Report on sanitation, dispensaries, and jails in Rajputana for 1919, and on vaccination for the year 1919-1920 - 1919-1920
Year: 1919
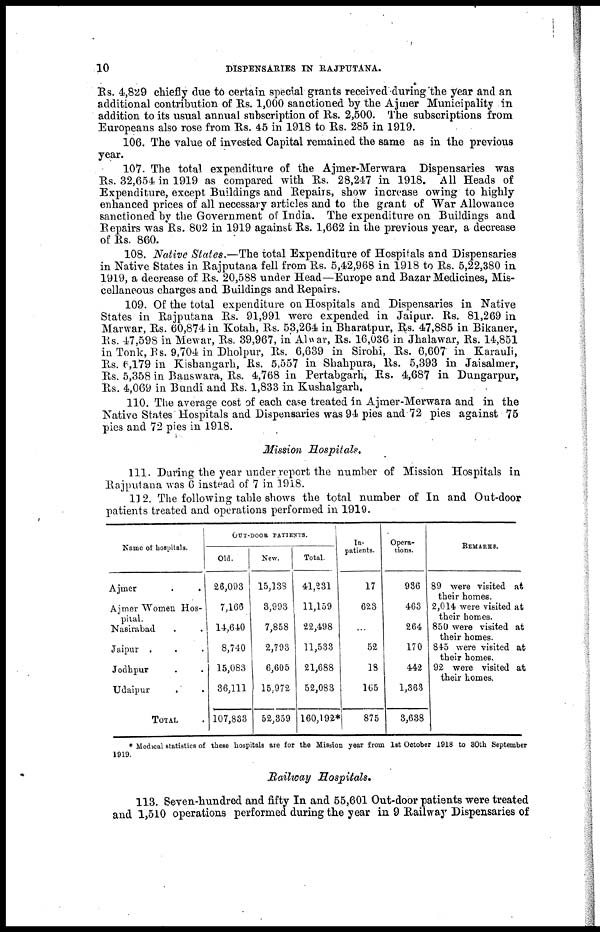
10
DISPENSARIES IN RAJPUTANA.
Rs. 4,829 chiefly due to certain special grants received during the year and an
additional contribution of Rs. 1,000 sanctioned by the Ajmer Municipality in
addition to its usual annual subscription of Rs. 2,500. The subscriptions from
Europeans also rose from Rs. 45 in 1918 to Rs. 285 in 1919.
106. The value of invested Capital remained the same as in the previous
year.
107. The total expenditure of the Ajmer-Merwara Dispensaries was
Rs. 32,654 in 1919 as compared with Rs. 28,247 in 1918. All Heads of
Expenditure, except Buildings and Repairs, show increase owing to highly
enhanced prices of all necessary articles and to the grant of War Allowance
sanctioned by the Government of India. The expenditure on Buildings and
Repairs was Rs. 802 in 1919 against Rs. 1,662 in the previous year, a decrease
of Rs. 860.
108. Native States.—The total Expenditure of Hospitals and Dispensaries
in Native States in Rajputana fell from Rs. 5,42,968 in 1918 to Rs. 5,22,380 in
1919, a decrease of Rs. 20,588 under Head—Europe and Bazar Medicines, Mis-
cellaneous charges and Buildings and Repairs.
109. Of the total expenditure on Hospitals and Dispensaries in Native
States in Rajputana Rs. 91,991 were expended in Jaipur. Rs. 81,269 in
Marwar, Rs. 60,874 in Kotah, Rs. 53,264 in Bharatpur, Rs. 47,885 in Bikaner,
Rs. 47,598 in Mewar, Rs. 39,967, in Alwar, Rs.16,036 in Jhalawar, Rs. 14,851
in Tonk, Rs. 9,704 in Dholpur, Rs. 6,639 in Sirohi, Rs. 6,607 in Karauli,
Rs. 6,179 in Kishangarh, Rs. 5,557 in Shahpura, Rs. 5,393 in Jaisalmer,
Rs. 5,358 in Banswara, Rs. 4,768 in Pertabgarh, Rs. 4,687 in Dungarpur,
Rs. 4,069 in Bundi and Rs. 1,833 in Kushalgarh,
110. The average cost of each case treated in Ajmer-Merwara and in the
Native States Hospitals and Dispensaries was 94 pies and 72 pies against 75
pies and 72 pies in 1918.
Mission Hospitals,
111. During the year under report the number of Mission Hospitals in
Rajputana was 6 instead of 7 in 1918.
112. The following table shows the total number of In and Out-door
patients treated and operations performed in 1919.
Name of hospitals.
Ajmer . .
Ajmer Women Hos-
pital.
Nasirabad . .
Jaipur . . .
Jodhpur . .
Udaipur . .
TOTAL .
OUT-DOOR PATIENTS.
Old.
26,093
7,166
14,640
8,740
15,083
36,111
107,833
New.
15,138
3,993
7,858
2,793
6,605
15,972
52,359
Total.
41,231
11,159
22,498
11,533
21,688
52,083
160,192*
In-
patients.
17
623
...
52
18
165
875
Opera-
tions.
936
463
264
170
442
1,363
3,638
REMARKS.
89 were visited at
their homes.
2,014 were visited at
their homes.
850 were visited at
their homes.
845 were visited at
their homes.
92 were visited at
their homes.
* Medical statistics of these hospitals are for the Mission year from 1st October 1918 to 30th September
1919.
Railway Hospitals.
113. Seven-hundred and fifty In and 55,601 Out-door patients were treated
and 1,510 operations performed during the year in 9 Railway Dispensaries of